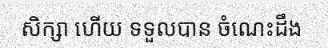
សិក្សា ហើយ ទទួលបាន ចំណេះដឹង